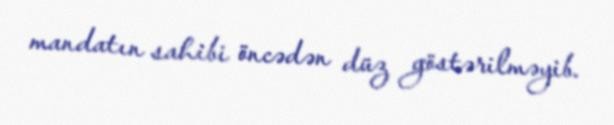
mandatın sahibi öncədən düz göstərilməyib.